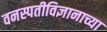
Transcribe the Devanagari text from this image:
वनस्पतीविज्ञानाच्या